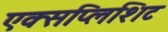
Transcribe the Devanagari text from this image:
एक्सप्लिशिट